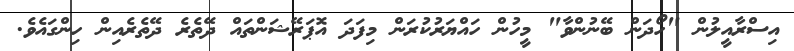
އިސްރާއީލުން "ހޯދަން ބޭނުންވާ" މީހުން ހައްޔަރުކުރަން މިފަދަ އޮޕަރޭޝަންތައް ދޭތެރެ ދޭތެރެއިން ހިންގައެވެ.